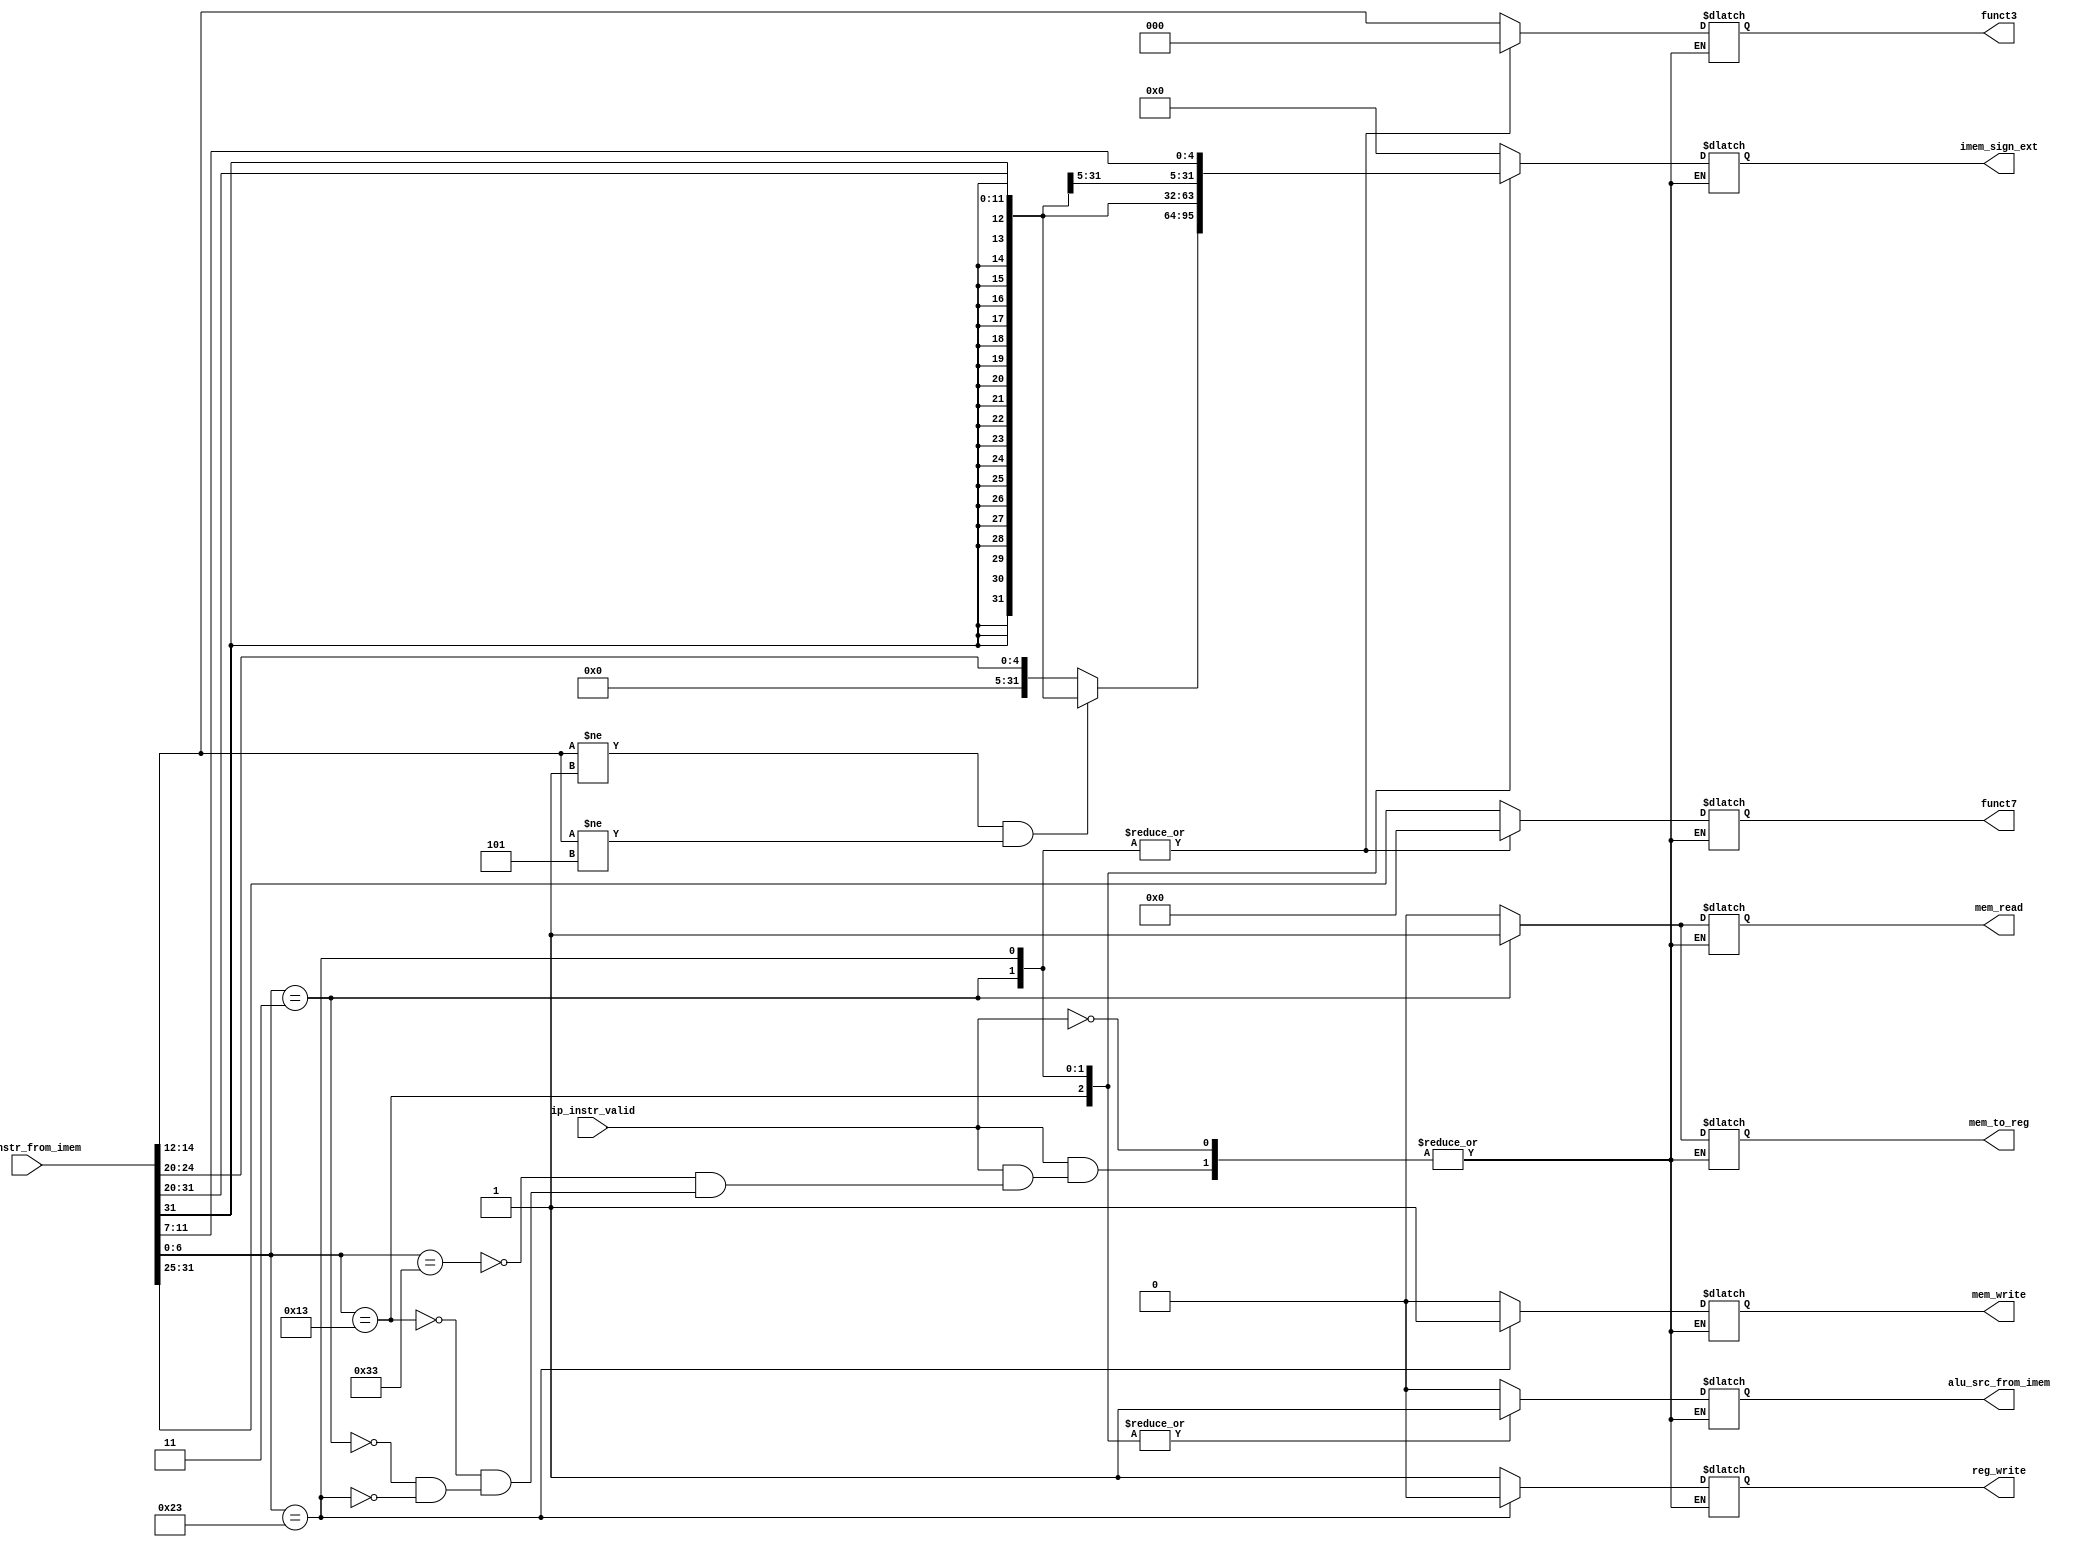
//Verilog code for the Decoder- to generate control signals.

module decoder(

input wire [31:0] ip_instr_from_imem,
input wire ip_instr_valid,
output reg reg_write,
output reg [2:0] funct3,
output reg [6:0] funct7,
output reg alu_src_from_imem,
output reg mem_read,
output reg mem_write,
output reg mem_to_reg,
output reg [31:0] imem_sign_ext
);

always @(*) begin:decoder_block
	if (ip_instr_valid) begin
		case (ip_instr_from_imem[6:0]) 
			7'b0110011: //R-type Instruction 
			begin
				reg_write=1'b1;
			        alu_src_from_imem = 1'b0;	
				//3bit-Opcode
				funct3=ip_instr_from_imem[14:12];
				//7bit-Functionality
				funct7=ip_instr_from_imem[31:25];
				mem_read = 1'b0;
				mem_write = 1'b0;
				mem_to_reg = 1'b0;
			 	imem_sign_ext = 32'b0;
			end

			7'b0010011: //Immediate Type Instruction
			begin
				alu_src_from_imem = 1'b1;
				reg_write = 1'b1;
				//3bit-Opcode
				funct3 = ip_instr_from_imem[14:12];	
				//7bit-Functionality
				funct7 = ip_instr_from_imem[31:25];
				mem_read = 1'b0;
				mem_write = 1'b0;
				mem_to_reg = 1'b0;
				if ((funct3 != 3'b001) && (funct3 != 3'b101))
					imem_sign_ext = {{20{ip_instr_from_imem[31]}}, ip_instr_from_imem[31:20]};
				else
					imem_sign_ext = {{20{1'b0}}, {7{1'b0}}, ip_instr_from_imem[24:20]};
			end

			7'b0000011: //Load Word
			begin
				alu_src_from_imem = 1'b1;
				reg_write = 1'b1;
				//funct3 = ip_instr_from_imem[14:12];
				funct3 = 3'b000;
				funct7 = 7'b0;
				mem_read = 1'b1;
				mem_write = 1'b0;
				mem_to_reg = 1'b1;
				imem_sign_ext = {{20{ip_instr_from_imem[31]}}, ip_instr_from_imem[31:20]};
			end

			7'b0100011: //Store Word
			begin
				alu_src_from_imem = 1'b1;
				reg_write = 1'b0;
				//funct3 = ip_instr_from_imem[14:12];
				funct3 = 3'b000;
				funct7 = 7'b0;
				mem_read = 1'b0;
				mem_write = 1'b1;
				mem_to_reg = 1'bx;
				imem_sign_ext = {{20{ip_instr_from_imem[31]}}, ip_instr_from_imem[31:25], ip_instr_from_imem[11:7]};
			end

		endcase
	end

end
endmodule